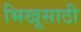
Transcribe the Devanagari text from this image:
भिखूसाठी